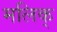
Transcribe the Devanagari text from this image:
मलिक्